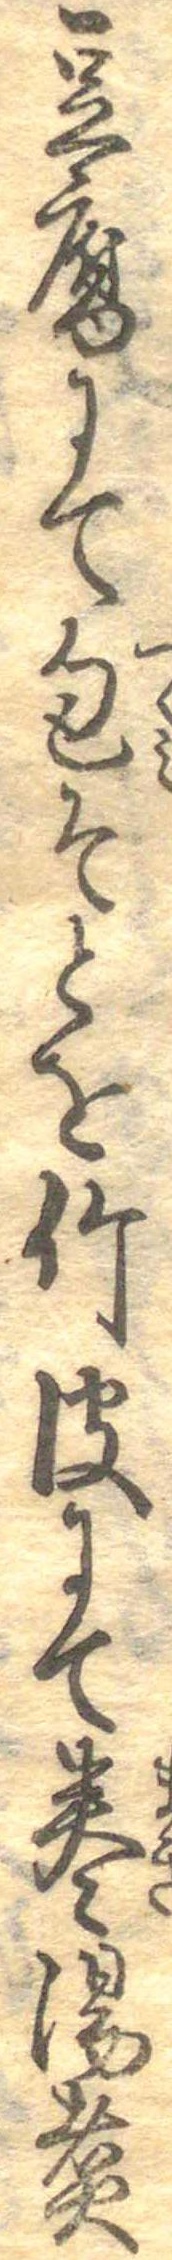
豆腐にて包そとを竹皮にて巻湯煮